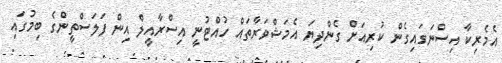
އެމެރިކާ އިސްނަގައިގެން ކުރިއަށް ގެންދިޔަ އެމަޝްވަރާތައް ހުއްޓުނީ އިސްރާއީލް އިން ފަލަސްތީންގެ ބިމުގައި